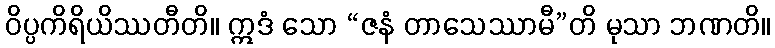
ဝိပ္ပကိရိယိဿတီတိ။ ဣဒံ သော “ဇနံ တာသေဿာမီ”တိ မုသာ ဘဏတိ။